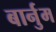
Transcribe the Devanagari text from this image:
बार्नुम